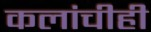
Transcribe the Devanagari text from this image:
कलांचीही